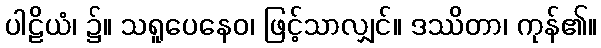
ပါဠိယံ၊ ၌။ သရူပေနေဝ၊ ဖြင့်သာလျှင်။ ဒဿိတာ၊ ကုန်၏။